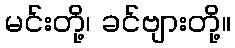
မင်းတို့၊ ခင်ဗျားတို့။